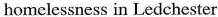
homelessness in Ledchester